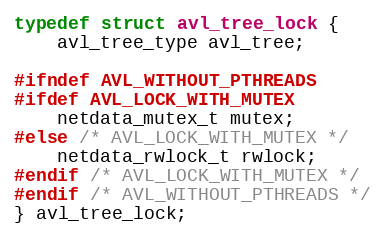
Language: C
typedef struct avl_tree_lock {
    avl_tree_type avl_tree;

#ifndef AVL_WITHOUT_PTHREADS
#ifdef AVL_LOCK_WITH_MUTEX
    netdata_mutex_t mutex;
#else /* AVL_LOCK_WITH_MUTEX */
    netdata_rwlock_t rwlock;
#endif /* AVL_LOCK_WITH_MUTEX */
#endif /* AVL_WITHOUT_PTHREADS */
} avl_tree_lock;